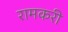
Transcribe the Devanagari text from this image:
रामकरी